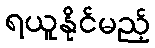
ရယူနိုင်မည့်